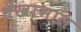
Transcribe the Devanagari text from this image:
धेखाभाल